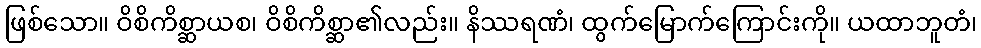
ဖြစ်သော။ ဝိစိကိစ္ဆာယစ၊ ဝိစိကိစ္ဆာ၏လည်း။ နိဿရဏံ၊ ထွက်မြောက်ကြောင်းကို။ ယထာဘူတံ၊